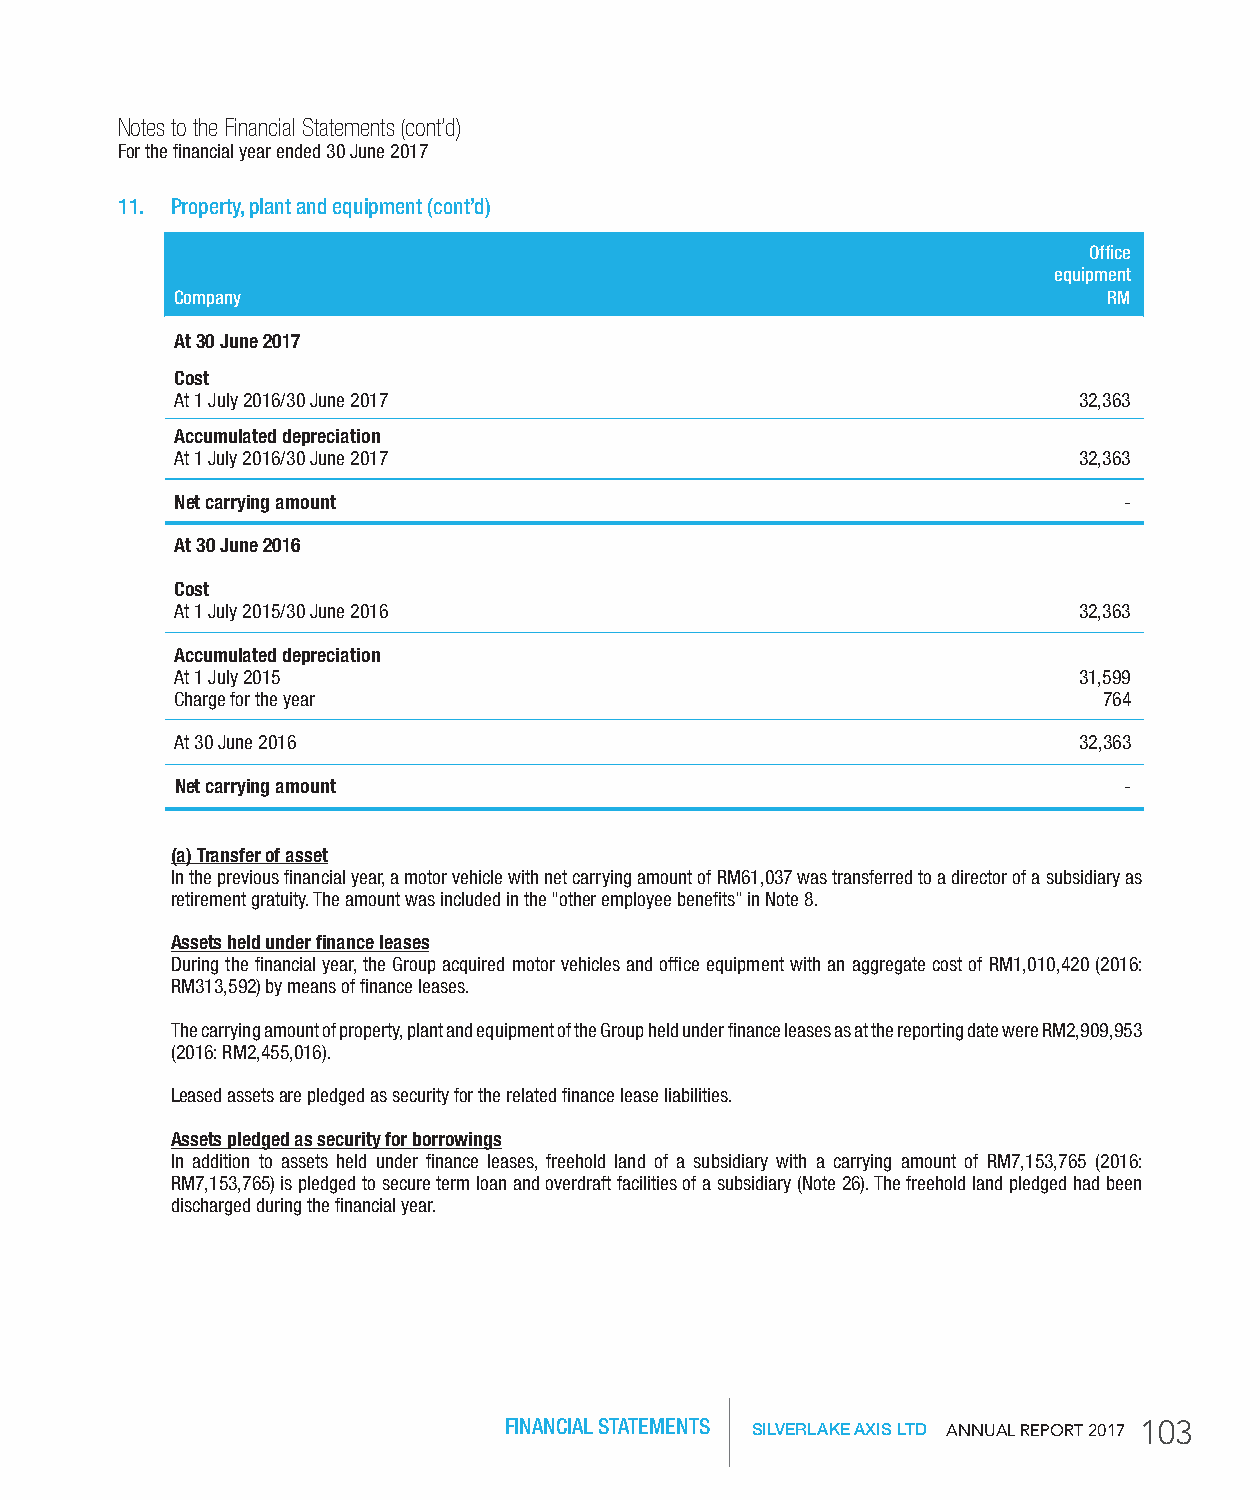
Notes to the Financial Statements (cont’d)
 For the financial year ended 30 June 2017
 11. Property, plant and equipment (cont’d)
 office
 equipment
 Company                                                      rM
 At 30 June 2017
 Cost
 At 1 July 2016/30 June 2017                                32,363
 Accumulated depreciation
 At 1 July 2016/30 June 2017                                32,363
 net carrying amount                                           -
 At 30 June 2016
 Cost
 At 1 July 2015/30 June 2016                                32,363
 Accumulated depreciation
 At 1 July 2015                                             31,599
 Charge for the year                                          764
 At 30 June 2016                                            32,363
 net carrying amount                                           -
 (a) transfer of asset
 In the previous financial year, a motor vehicle with net carrying amount of RM61,037 was transferred to a director of a subsidiary as
 retirement gratuity. The amount was included in the “other employee benefits” in Note 8.
 Assets held under finance leases
 During the financial year, the Group acquired motor vehicles and office equipment with an aggregate cost of RM1,010,420 (2016:
 RM313,592) by means of finance leases.
 The carrying amount of property, plant and equipment of the Group held under finance leases as at the reporting date were RM2,909,953
 (2016: RM2,455,016).
 Leased assets are pledged as security for the related finance lease liabilities.
 Assets pledged as security for borrowings
 In addition to assets held under finance leases, freehold land of a subsidiary with a carrying amount of RM7,153,765 (2016:
 RM7,153,765) is pledged to secure term loan and overdraft facilities of a subsidiary (Note 26). The freehold land pledged had been
 discharged during the financial year.
 FINANCIAL STATEMENTS SILVERLAKE AXIS LTD AnnuAl RepoRt 2017 103